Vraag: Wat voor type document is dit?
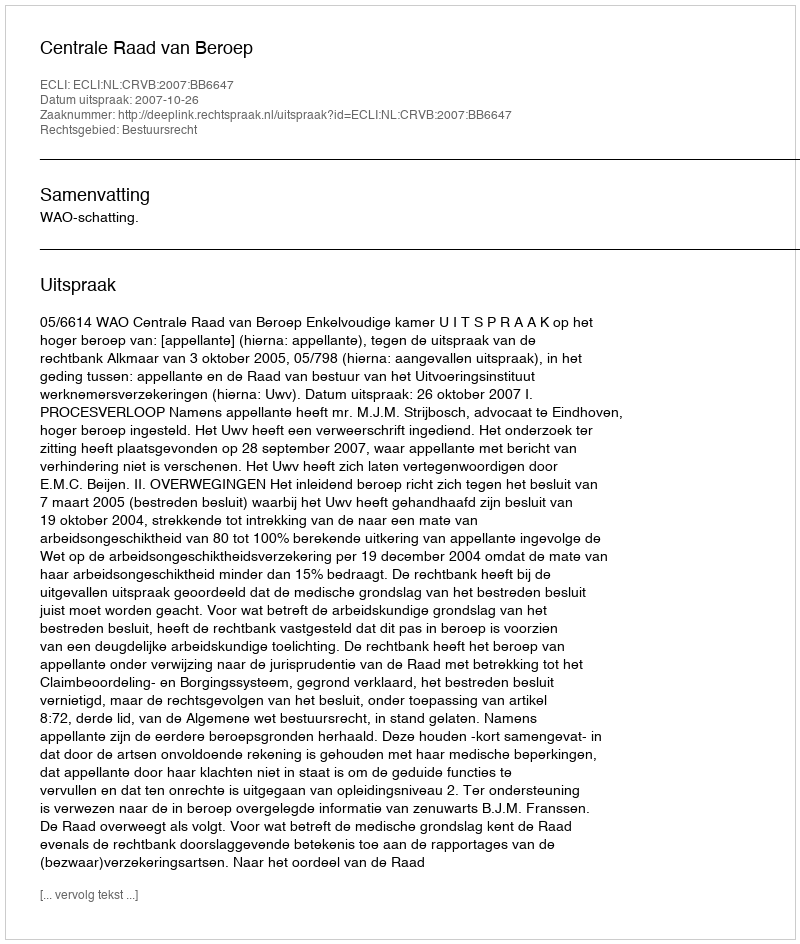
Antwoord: Uitspraak